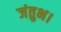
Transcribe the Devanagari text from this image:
जंतुभ।